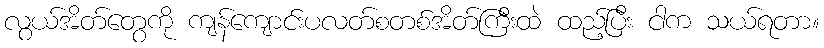
လွယ်အိတ်တွေကို ကျန်ကျောင်းပလတ်စတစ်အိတ်ကြီးထဲ ထည့်ပြီး ငါက သယ်ရတာ။